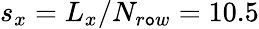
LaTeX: s_{x}=L_{x}/N_{r\mathtt{o}w}=10.5